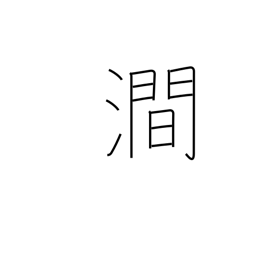
Meaning: valley river